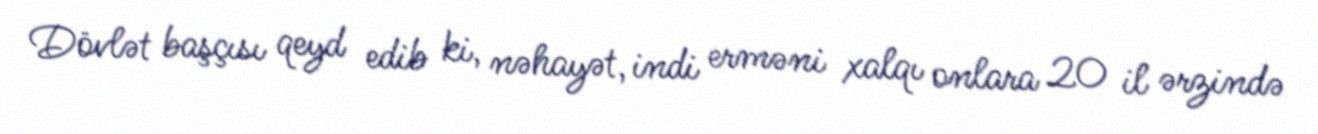
Dövlət başçısı qeyd edib ki, nəhayət, indi erməni xalqı onlara 20 il ərzində